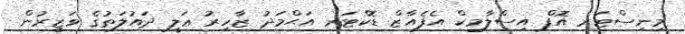
މިނިސްޓަރ އޮފް އިސްލާމިކް އެފެއާޒް ޑޮކްޓަރ އަޙްމަދު ޒާހިރު ޢަލީ ދައުލަތުގެ ވަޒީރުން